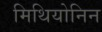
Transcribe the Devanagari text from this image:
मिथियोनिन